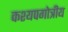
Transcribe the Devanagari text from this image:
कश्यपगोत्रीय